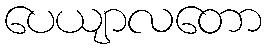
ပေယျာလတော